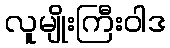
လူမျိုးကြီးဝါဒ